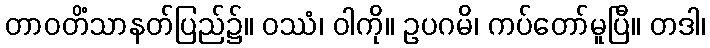
တာဝတိံသာနတ်ပြည်၌။ ဝဿံ၊ ဝါကို။ ဥပဂမိ၊ ကပ်တော်မူပြီ။ တဒါ၊